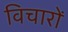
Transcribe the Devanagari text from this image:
विचारों